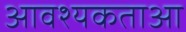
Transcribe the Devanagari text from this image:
आवश्यकताआ